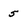
Character: 5